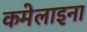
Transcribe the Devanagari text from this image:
कमेलाइना